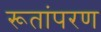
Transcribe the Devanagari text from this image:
रूतांपरण